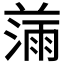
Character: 𰜾